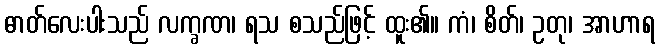
ဓာတ်လေးပါးသည် လက္ခဏ၊ ရသ စသည်ဖြင့် ထူး၏။ ကံ၊ စိတ်၊ ဥတု၊ အာဟာရ